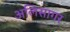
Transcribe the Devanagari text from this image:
अलिसागर